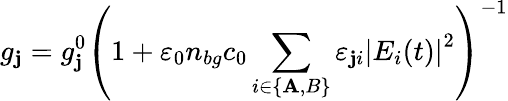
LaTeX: g_{\mathbf{j}}=g_{\mathbf{j}}^{0}\left(1+\varepsilon_{0}n_{bg}c_{0}\sum_{i\in\{ \mathbf{A},B\} }\varepsilon_{\mathbf{j}i}\left|E_{i}(t)\right|^{2}\right)^{-1}